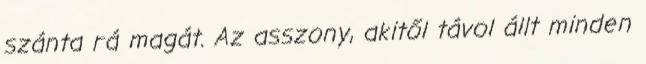
szánta rá magát. Az asszony, akitől távol állt minden